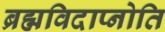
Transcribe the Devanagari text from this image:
ब्रह्मविदाप्नोति